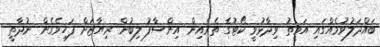
ބައްދަލުވުމެއްގައި އަމީތު ވިދާޅުވީ ކޯޓުގެ ތެރެއިން އިންސާފު ލިބުން ރިޔާޒަށް ފަހިވެގެން ނުދާތީ